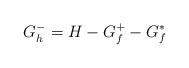
LaTeX: \begin{align*}G_h^- = H - G_f^+ - G_f^*\end{align*}